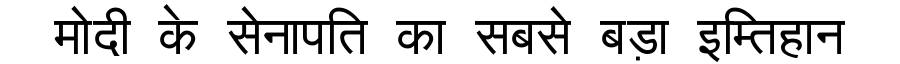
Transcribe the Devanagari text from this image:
मोदी के सेनापति का सबसे बड़ा इम्तिहान